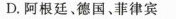
D.阿根廷、德国、菲律宾